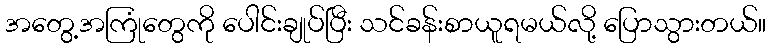
အတွေ့အကြုံတွေကို ပေါင်းချုပ်ပြီး သင်ခန်းစာယူရမယ်လို့ ပြောသွားတယ်။